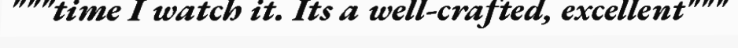
"""time I watch it. Its a well-crafted, excellent"""